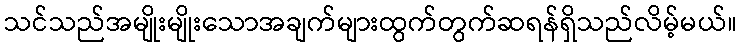
သင်သည်အမျိုးမျိုးသောအချက်များထွက်တွက်ဆရန်ရှိသည်လိမ့်မယ်။